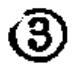
\textcircled{3}